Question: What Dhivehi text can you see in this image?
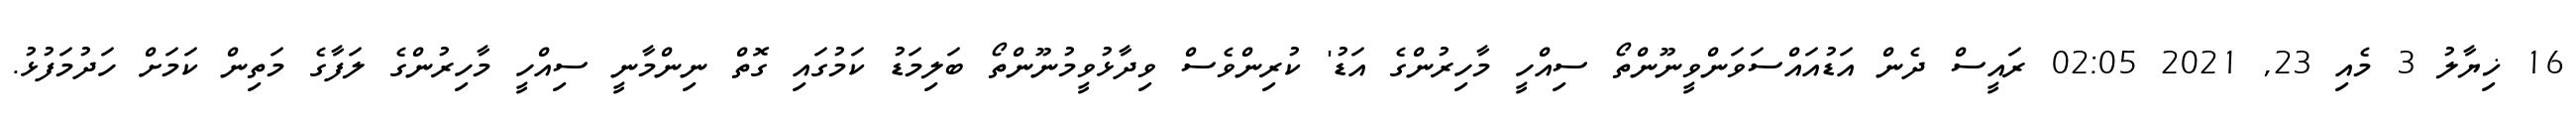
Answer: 16 ޚިޔާލު 3 މެއި 23, 2021 02:05 ރައީސް ދެން އަޑުއައްސަވަންވީނޫންތޯ ސިއްހީ މާހިރުންގެ އަޑު' ކުރިންވެސް ވިދާޅުވީމުނޫންތޯ ބަލިމަޑު ކަމުގައި ގޮތް ނިންމާނީ ސިއްހީ މާހިރުންގެ ލަފާގެ މަތިން ކަމަށް ހަދުމަފުޅު.